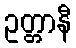
ဥတ္တာနီ